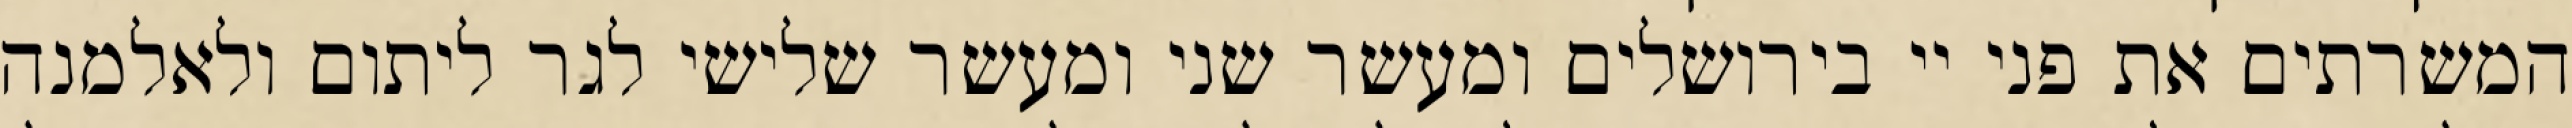
המשרתים את פני יי בירושלים ומעשר שני ומעשר שלישי לגר ליתום ולאלמנה